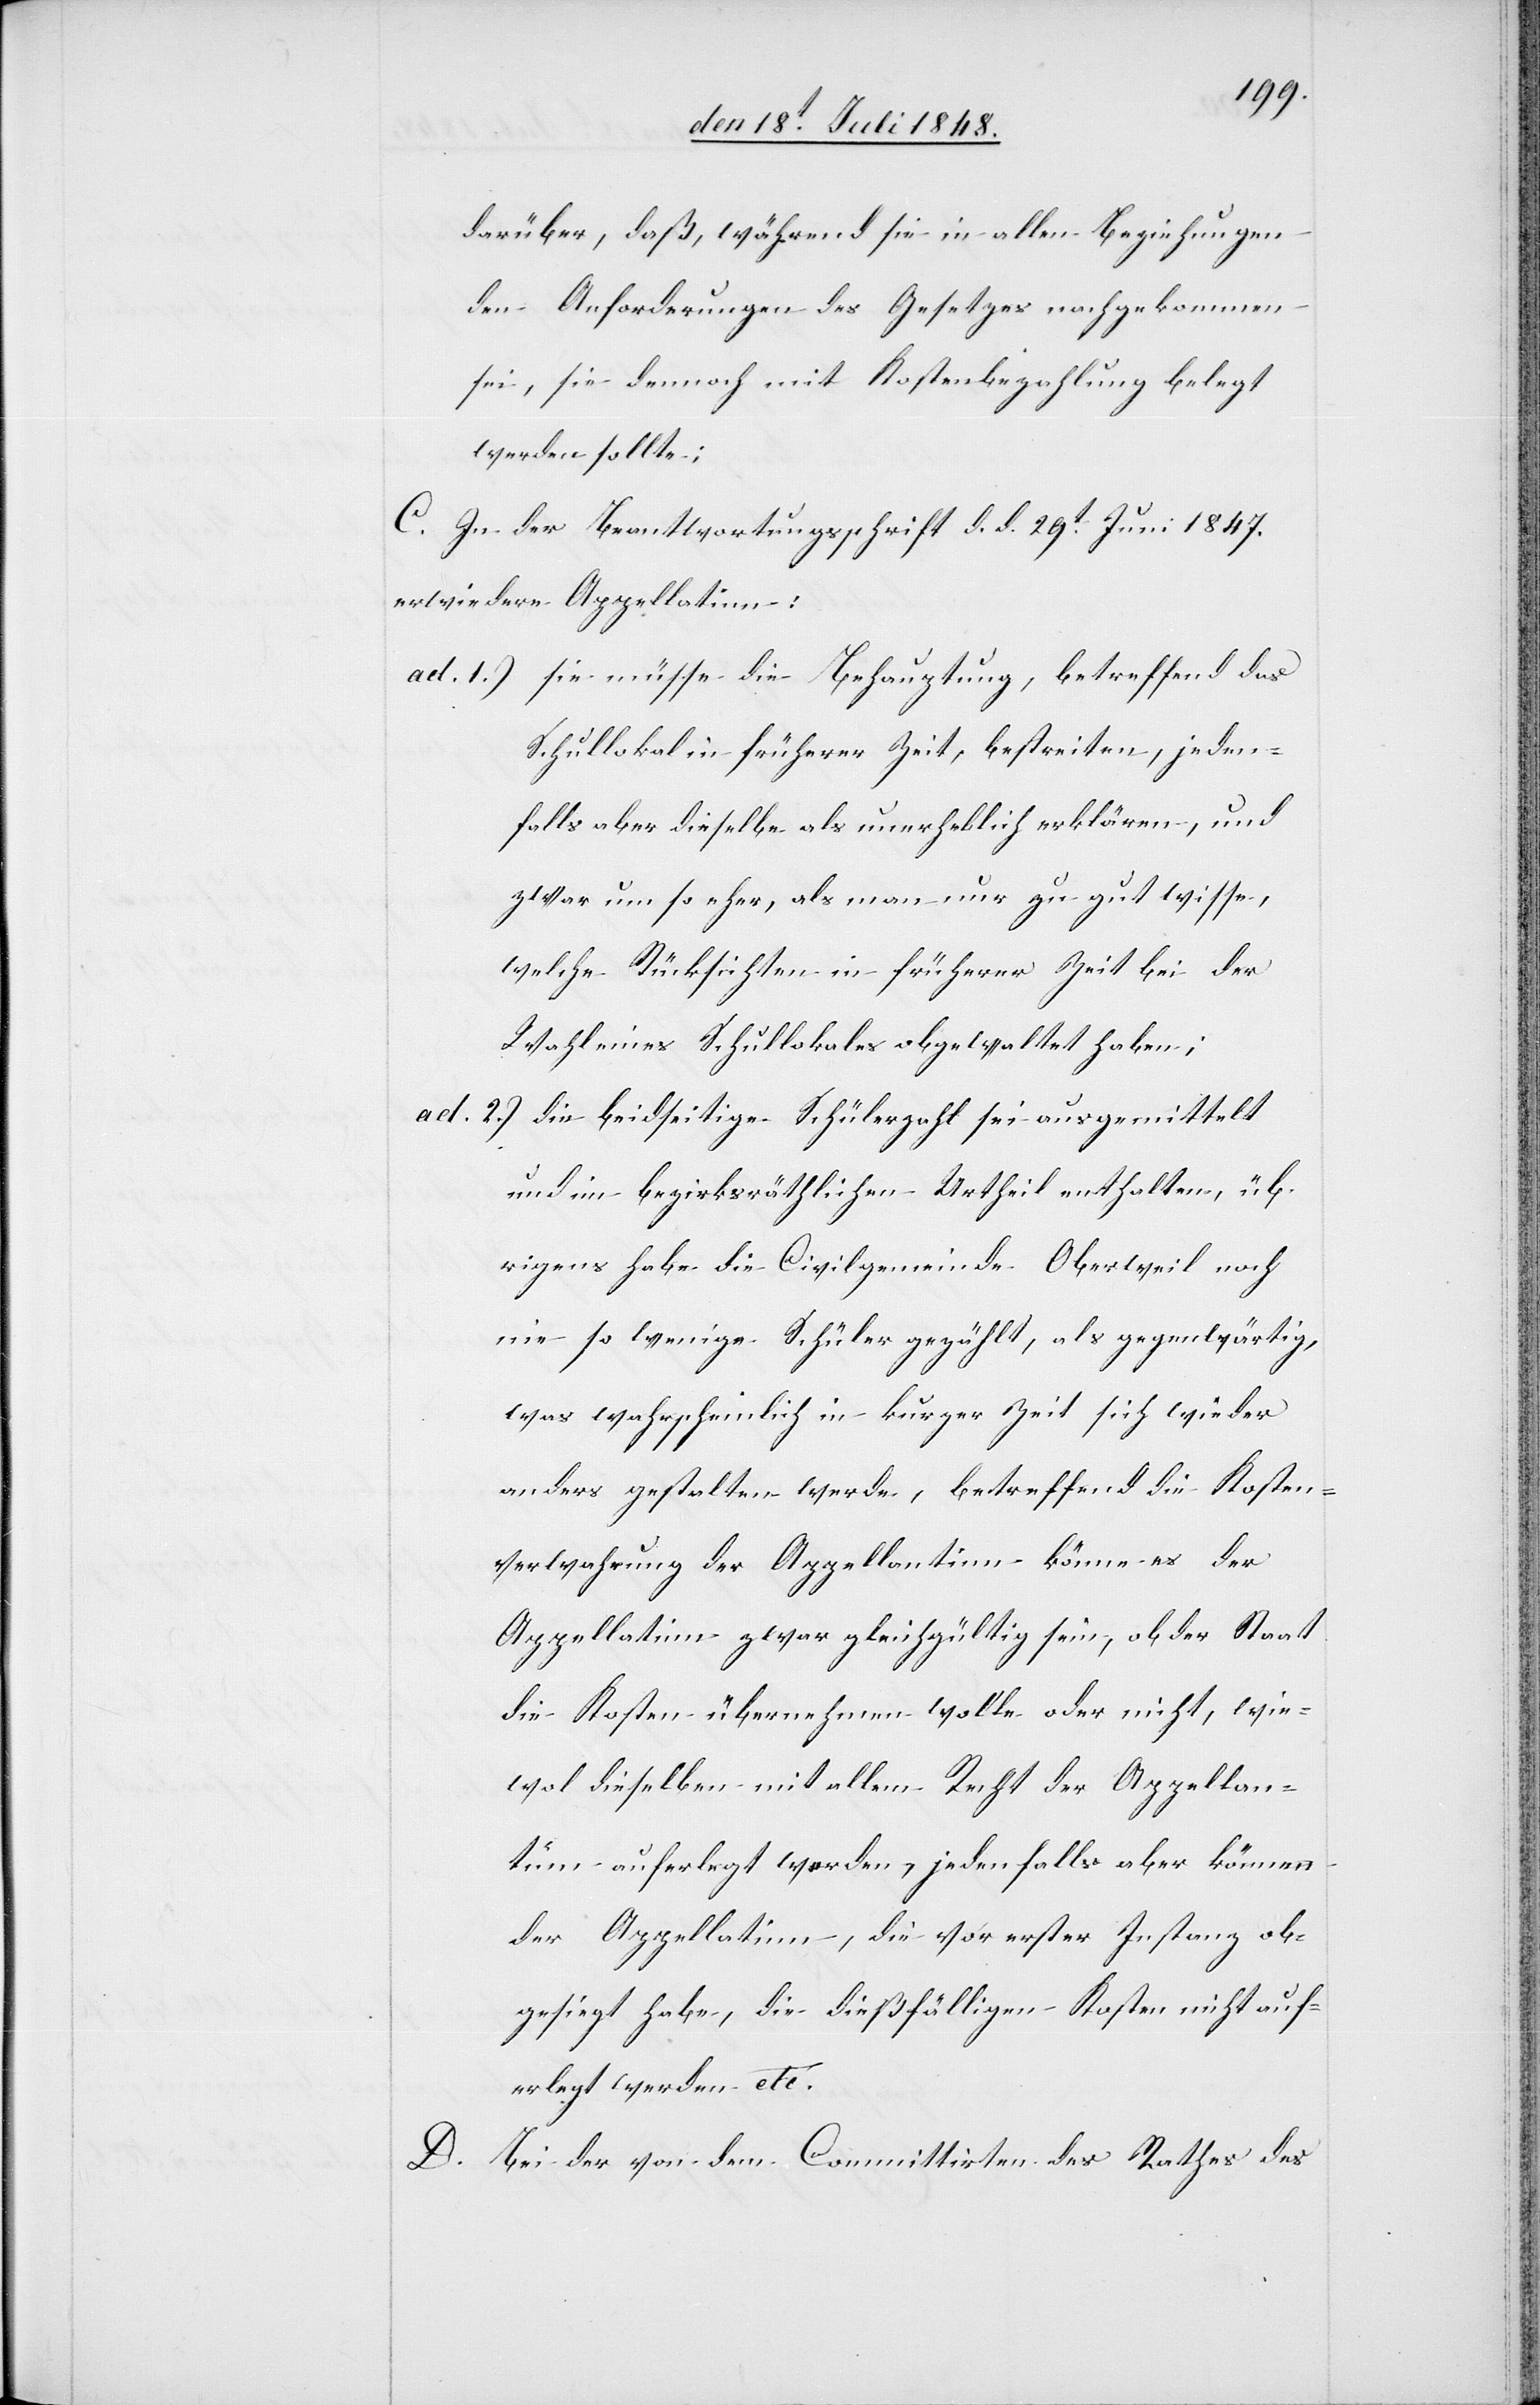
darüber, daß, während sie in allen Beziehungen
den Anforderungen des Gesetzes nachgekommen
sei, sie dennoch mit Kostenbezahlung belegt
werden sollte;
C. In der Beantwortungsschrift d. d. 29t Juni 1847.
erwiedere Appellatinn:
ad. 1.) sie müsse die Behauptung, betreffend das
Schullokal früherer Zeit, bestreiten, jeden¬
falls aber dieselbe als unerheblich erklären, und
zwar um so eher, als man nur zu gut wisse,
welche Rücksichten in früherer Zeit bei der
Wahl eines Schullokales obgewaltet haben;
ad 2.) die beidseitige Schülerzahl sei ausgemittelt
und im bezirksräthlichen Urtheil enthalten, üb¬
rigens habe die Civilgemeinde Oberweil noch
nie so wenige Schüler gezählt, als gegenwärtig,
was wahrscheinlich in kurzer Zeit sich wieder
anders gestalten werde, betreffend die Kosten¬
verwahrung der Appellantinn könne es der
Appellatinn zwar gleichgültig sein, ob der Staat
die Kosten übernehmen wolle oder nicht, wie¬
wol dieselben mit allem Recht der Appellan¬
tinn auferlegt worden, jedenfalls aber können
der Appellatinn, die vor erster Instanz ob¬
gesiegt habe, die dießfälligen Kosten nicht auf¬
erlegt werden etc.
Bei der von dem Committirten des Rathes des